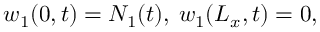
w _ { 1 } ( 0 , t ) = N _ { 1 } ( t ) , \: w _ { 1 } ( L _ { x } , t ) = 0 ,